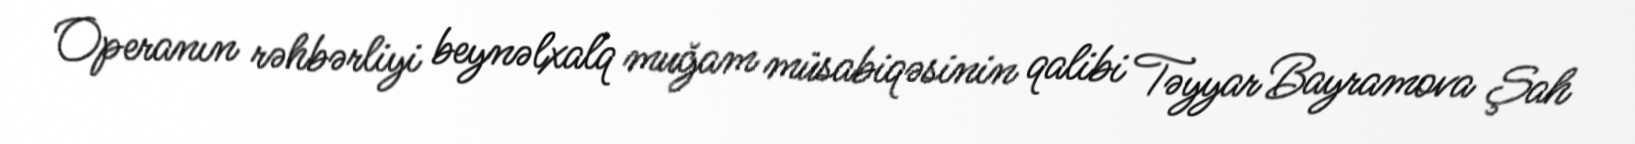
Operanın rəhbərliyi beynəlxalq muğam müsabiqəsinin qalibi Təyyar Bayramova Şah